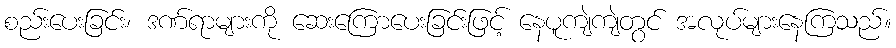
စည်းပေးခြင်း၊ ဒဏ်ရာများကို ဆေးကြောပေးခြင်းဖြင့် နေပူကျဲကျဲတွင် အလုပ်များနေကြသည်။